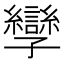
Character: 孿